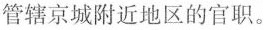
管辖京城附近地区的官职。